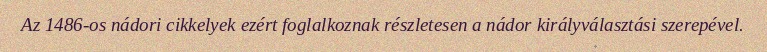
Az 1486-os nádori cikkelyek ezért foglalkoznak részletesen a nádor királyválasztási szerepével.